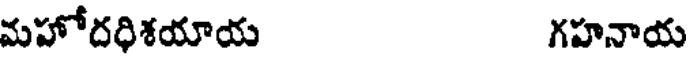
మహోదధిశయాయ గహనాయ